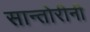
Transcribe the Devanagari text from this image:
सान्तोरीनी